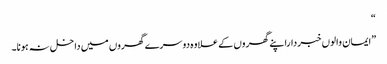
“
”ایمان والوں خبرداراپنے گھروں کے علاوہ دوسرے گھروں میں داخل نہ ہونا۔